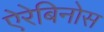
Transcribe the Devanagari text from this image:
ऐरेबिनोस